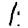
Digit: 1